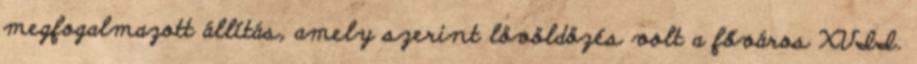
megfogalmazott állítás, amely szerint lövöldözés volt a főváros XVII.